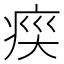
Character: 𭼍